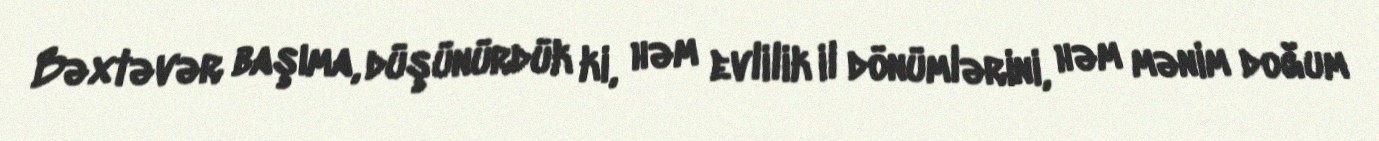
Bəxtəvər başıma, düşünürdük ki, həm evlilik il dönümlərini, həm mənim doğum